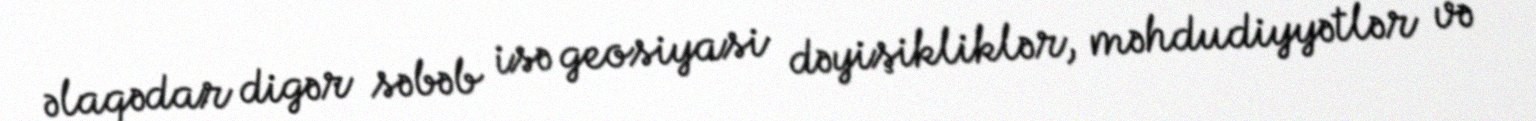
əlaqədar digər səbəb isə geosiyasi dəyişikliklər, məhdudiyyətlər və